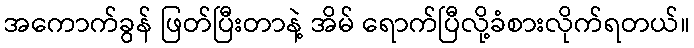
အကောက်ခွန် ဖြတ်ပြီးတာနဲ့ အိမ် ရောက်ပြီလို့ခံစားလိုက်ရတယ်။